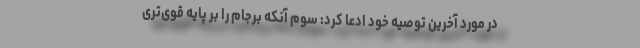
در مورد آخرین توصیه خود ادعا کرد: سوم آنکه برجام را بر پایه قوی‌تری